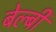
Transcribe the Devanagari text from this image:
बेल्बी